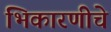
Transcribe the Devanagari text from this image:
भिकारणीचे